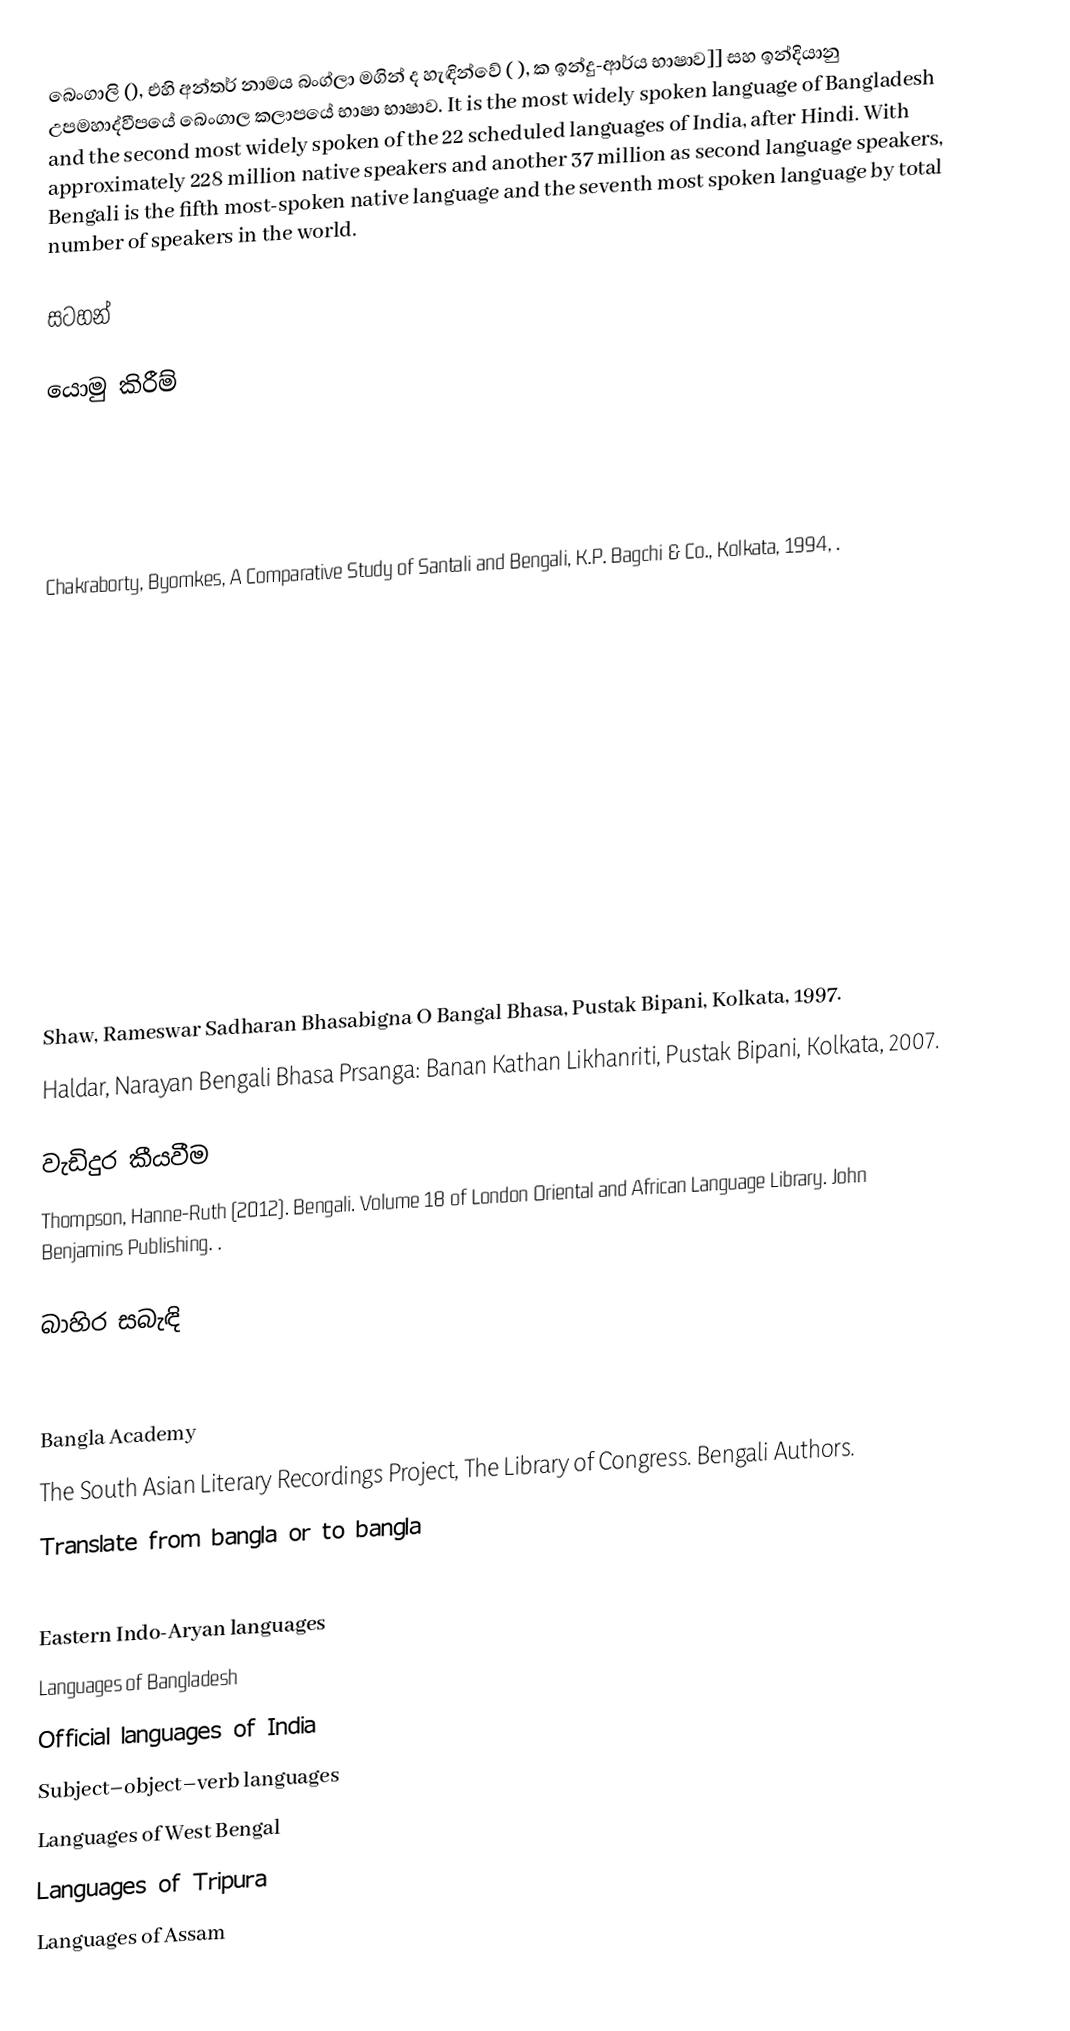
බෙංගාලි (), එහි අන්තර් නාමය බංග්ලා මගින් ද හැඳින්වේ ( ), ක ඉන්දු-ආර්ය භාෂාව]] සහ ඉන්දියානු උපමහාද්වීපයේ බෙංගාල කලාපයේ භාෂා භාෂාව. It is the most widely spoken language of Bangladesh and the second most widely spoken of the 22 scheduled languages of India, after Hindi. With approximately 228 million native speakers and another 37 million as second language speakers, Bengali is the fifth most-spoken native language and the seventh most spoken language by total number of speakers in the world.

සටහන්

යොමු කිරීම්

 Chakraborty, Byomkes, A Comparative Study of Santali and Bengali, K.P. Bagchi & Co., Kolkata, 1994, .

 Shaw, Rameswar Sadharan Bhasabigna O Bangal Bhasa, Pustak Bipani, Kolkata, 1997.
 Haldar, Narayan Bengali Bhasa Prsanga: Banan Kathan Likhanriti, Pustak Bipani, Kolkata, 2007.

වැඩිදුර කීයවීම
 Thompson, Hanne-Ruth (2012). Bengali. Volume 18 of London Oriental and African Language Library. John Benjamins Publishing. .

බාහිර සබැඳි

 Bangla Academy
 The South Asian Literary Recordings Project, The Library of Congress. Bengali Authors.
 Translate from bangla or to bangla

Eastern Indo-Aryan languages
Languages of Bangladesh
Official languages of India
Subject–object–verb languages
Languages of West Bengal
Languages of Tripura
Languages of Assam